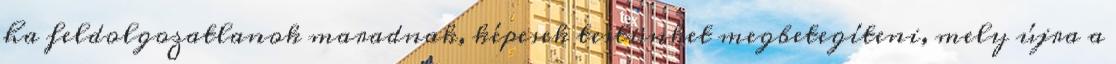
ha feldolgozatlanok maradnak, képesek testünket megbetegíteni, mely újra a